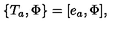
\{ T _ { a } , \Phi \} = [ e _ { a } , \Phi ] ,